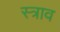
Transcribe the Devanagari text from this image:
स्‍त्राव